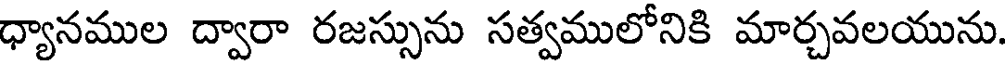
ధ్యానముల ద్వారా రజస్సును సత్వములోనికి మార్చవలయును.